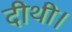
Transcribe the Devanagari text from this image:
दीथी।